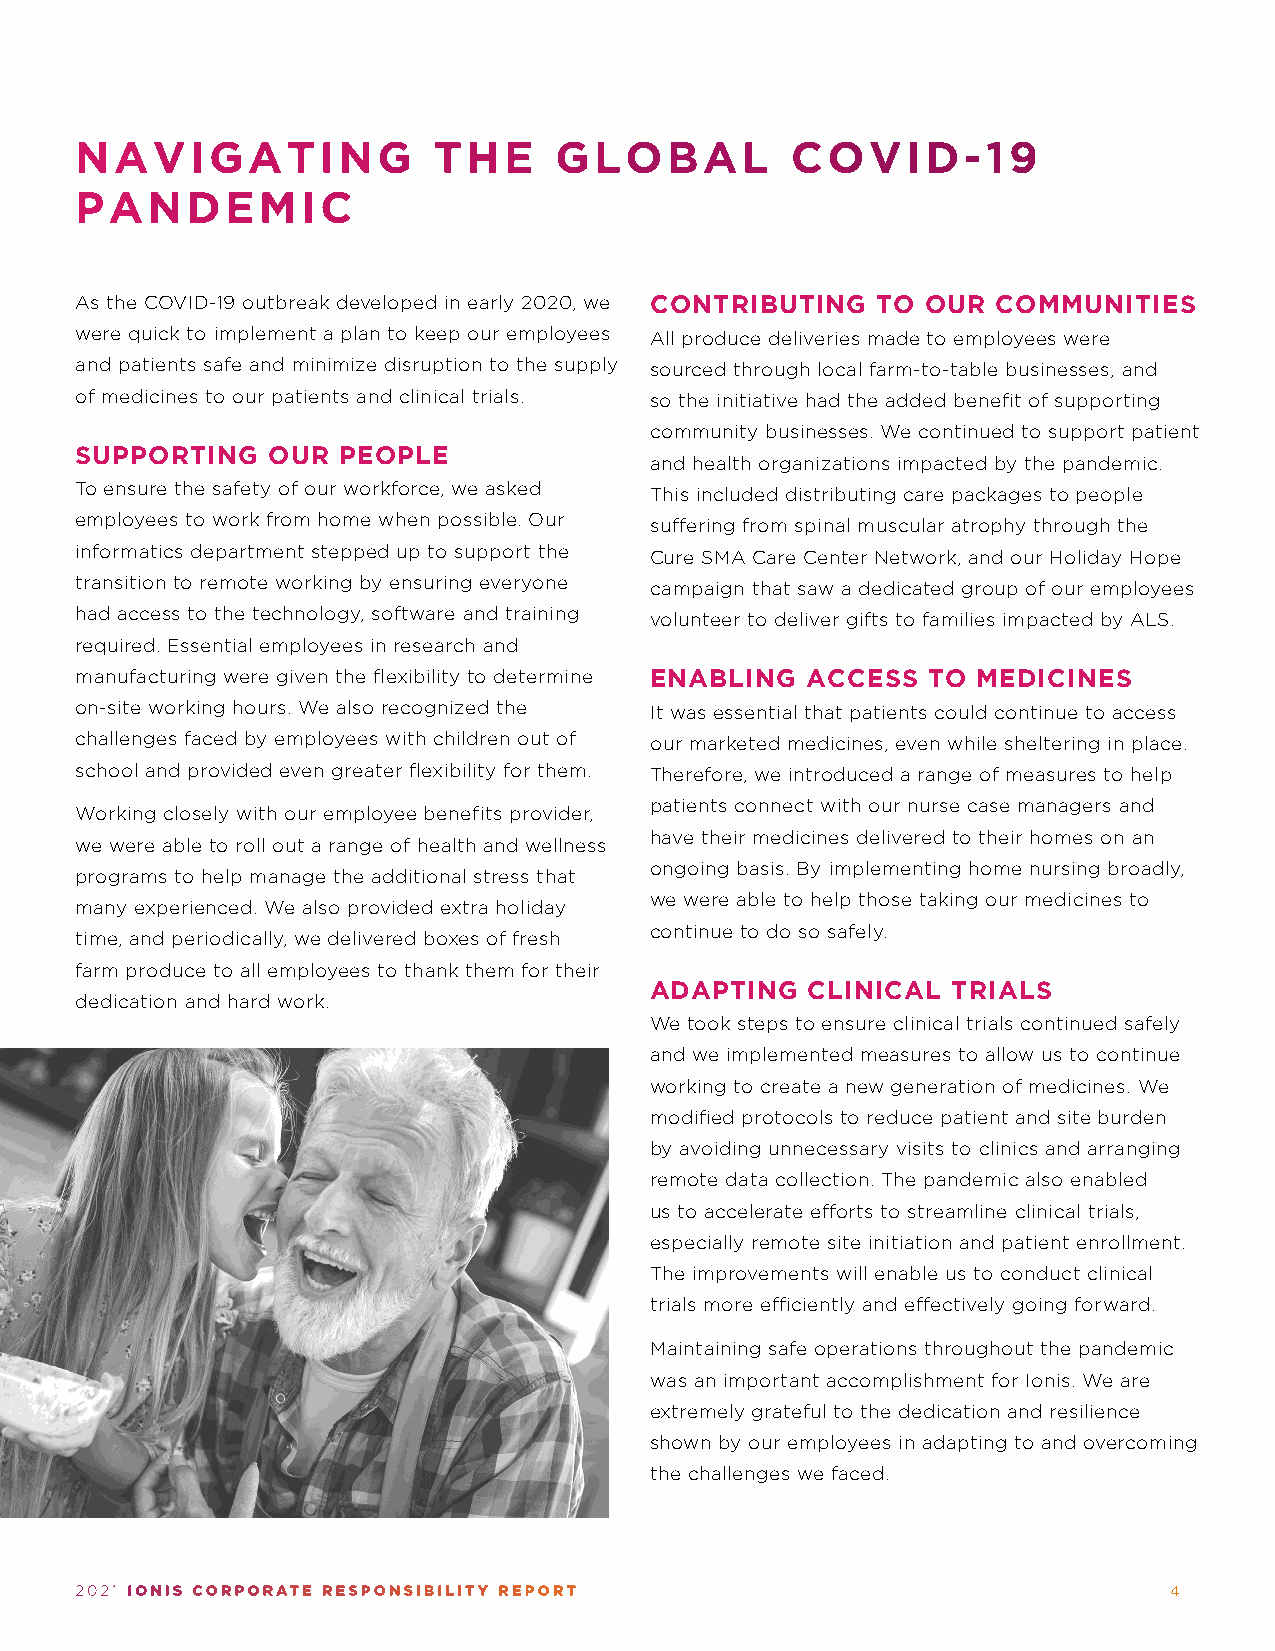
NAVIGATING              THE     GLOBAL         COVID-19
 PANDEMIC
 As the COVID-19 outbreak developed in early 2020, we CONTRIBUTING TO OUR COMMUNITIES
 were quick to implement a plan to keep our employees All produce deliveries made to employees were
 and patients safe and minimize disruption to the supply sourced through local farm-to-table businesses, and
 of medicines to our patients and clinical trials. so the initiative had the added benefit of supporting
 community businesses. We continued to support patient
 SUPPORTING   OUR PEOPLE
 and health organizations impacted by the pandemic.
 To ensure the safety of our workforce, we asked This included distributing care packages to people
 employees to work from home when possible. Our suffering from spinal muscular atrophy through the
 informatics department stepped up to support the Cure SMA Care Center Network, and our Holiday Hope
 transition to remote working by ensuring everyone campaign that saw a dedicated group of our employees
 had access to the technology, software and training volunteer to deliver gifts to families impacted by ALS.
 required. Essential employees in research and
 manufacturing were given the flexibility to determine ENABLING ACCESS TO MEDICINES
 on-site working hours. We also recognized the It was essential that patients could continue to access
 challenges faced by employees with children out of our marketed medicines, even while sheltering in place.
 school and provided even greater flexibility for them. Therefore, we introduced a range of measures to help
 patients connect with our nurse case managers and
 Working closely with our employee benefits provider,
 have their medicines delivered to their homes on an
 we were able to roll out a range of health and wellness
 ongoing basis. By implementing home nursing broadly,
 programs to help manage the additional stress that
 we were able to help those taking our medicines to
 many experienced. We also provided extra holiday
 continue to do so safely.
 time, and periodically, we delivered boxes of fresh
 farm produce to all employees to thank them for their
 ADAPTING   CLINICAL TRIALS
 dedication and hard work.
 We took steps to ensure clinical trials continued safely
 and we implemented measures to allow us to continue
 working to create a new generation of medicines. We
 modified protocols to reduce patient and site burden
 by avoiding unnecessary visits to clinics and arranging
 remote data collection. The pandemic also enabled
 us to accelerate efforts to streamline clinical trials,
 especially remote site initiation and patient enrollment.
 The improvements will enable us to conduct clinical
 trials more efficiently and effectively going forward.
 Maintaining safe operations throughout the pandemic
 was an important accomplishment for Ionis. We are
 extremely grateful to the dedication and resilience
 shown by our employees in adapting to and overcoming
 the challenges we faced.
 2021 IONIS CORPORATE RESPONSIBILITY REPORT                              4